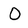
Character: O